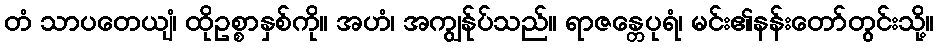
တံ သာပတေယျံ၊ ထိုဥစ္စာနှစ်ကို။ အဟံ၊ အကျွန်ုပ်သည်။ ရာဇန္တေပုရံ၊ မင်း၏နန်းတော်တွင်းသို့။